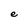
Character: e